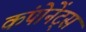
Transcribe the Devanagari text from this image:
कंपोनेंट्स